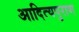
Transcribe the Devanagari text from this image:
आदित्यपुराण